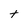
Character: t